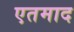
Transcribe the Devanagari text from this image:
एतमाद